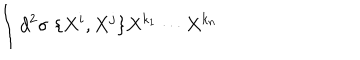
\int d ^ { 2 } \sigma \; \{ X ^ { i } , X ^ { j } \} X ^ { k _ { 1 } } \cdots X ^ { k _ { n } }